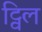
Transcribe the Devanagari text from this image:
ट्विल